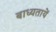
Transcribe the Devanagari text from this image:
बाध्यतायें